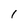
Character: 1